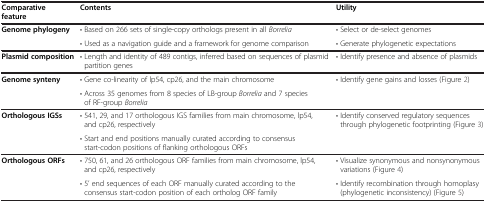
<table><thead><tr><td><b>Comparative feature</b></td><td><b>Contents</b></td><td><b>Utility</b></td></tr></thead><tbody><tr><td rowspan="2"><b>Genome phylogeny</b></td><td>• Based on 266 sets of single-copy orthologs present in all <i>Borrelia</i></td><td>• Select or de-select genomes</td></tr><tr><td>• Used as a navigation guide and a framework for genome comparison</td><td>• Generate phylogenetic expectations</td></tr><tr><td><b>Plasmid composition</b></td><td>• Length and identity of 489 contigs, inferred based on sequences of plasmid partition genes</td><td>• Identify presence and absence of plasmids</td></tr><tr><td rowspan="2"><b>Genome synteny</b></td><td>• Gene co-linearity of lp54, cp26, and the main chromosome</td><td rowspan="2">• Identify gene gains and losses (Figure 2)</td></tr><tr><td>• Across 35 genomes from 8 species of LB-group <i>Borrelia</i> and 7 species of RF-group <i>Borrelia</i></td></tr><tr><td rowspan="2"><b>Orthologous IGSs</b></td><td>• 541, 29, and 17 orthologous IGS families from main chromosome, lp54, and cp26, respectively</td><td rowspan="2">• Identify conserved regulatory sequences through phylogenetic footprinting (Figure 3)</td></tr><tr><td>• Start and end positions manually curated according to consensus start-codon positions of flanking orthologous ORFs</td></tr><tr><td rowspan="2"><b>Orthologous ORFs</b></td><td>• 750, 61, and 26 orthologous ORF families from main chromosome, lp54, and cp26, respectively</td><td>• Visualize synonymous and nonsynonymous variations (Figure 4)</td></tr><tr><td>• 5’ end sequences of each ORF manually curated according to the consensus start-codon position of each ortholog ORF family</td><td>• Identify recombination through homoplasy (phylogenetic inconsistency) (Figure 5)</td></tr></tbody></table>